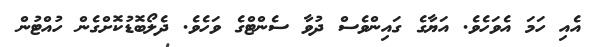
އެއި ހަމަ އެވަހެވެ. އަޔާގެ ގައިންވެސް ދުވާ ސެންޓްގެ ވަހެވެ. ދެލޯބޮޑުކޮށްގެން ހުއްޓުން